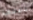
دفعها